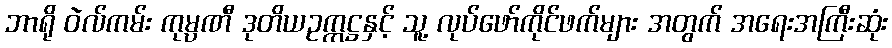
ဘာရို ဝဲလ်ကမ်း ကုမ္ပဏီ ဒုတိယဥက္ကဋ္ဌနှင့် သူ့ လုပ်ဖော်ကိုင်ဖက်များ အတွက် အရေးအကြီးဆုံး